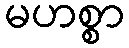
မဟစ္စာ